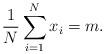
LaTeX: \begin{align*}\frac{1}{N} \sum_{i=1}^{N} x_i = m.\end{align*}